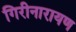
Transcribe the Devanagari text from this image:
गिरीनारायण